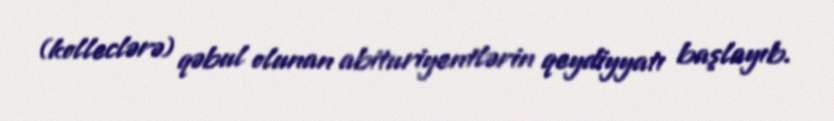
(kolleclərə) qəbul olunan abituriyentlərin qeydiyyatı başlayıb.